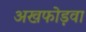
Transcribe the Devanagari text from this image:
अखफोड़वा